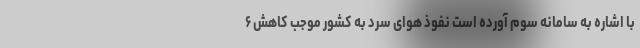
با اشاره به سامانه سوم آورده است نفوذ هوای سرد به کشور موجب کاهش ۶